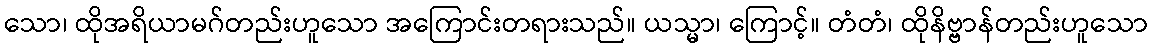
သော၊ ထိုအရိယာမဂ်တည်းဟူသော အကြောင်းတရားသည်။ ယသ္မာ၊ ကြောင့်။ တံတံ၊ ထိုနိဗ္ဗာန်တည်းဟူသော